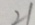
2 1